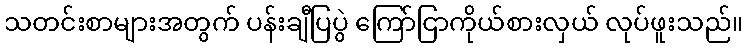
သတင်းစာများအတွက် ပန်းချီပြပွဲ ကြော်ငြာကိုယ်စားလှယ် လုပ်ဖူးသည်။